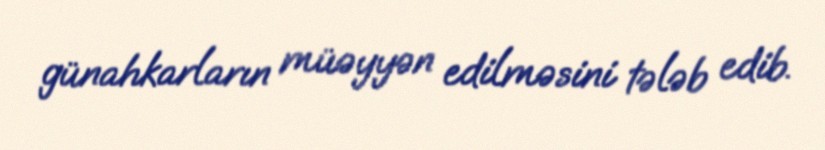
günahkarların müəyyən edilməsini tələb edib.